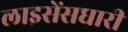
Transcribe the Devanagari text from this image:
लाइसेंसघारी